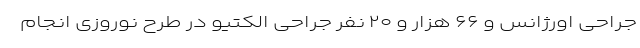
جراحی اورژانس و ۶۶ هزار و ۲۰ نفر جراحی الکتیو در طرح نوروزی انجام